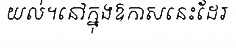
យល់។នៅក្នុងឱកាសនេះដែរ